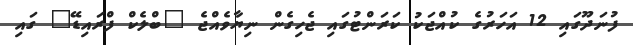
ފުނަދޫގައި 12 އަހަރުގެ ކުއްޖަކު ކަރަންޓުގައި ޖެހިގެން ނިޔާވެއްޖެ "ބްލެކް ފްރައިޑޭ" ގައި